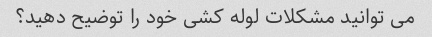
می توانید مشکلات لوله کشی خود را توضیح دهید؟